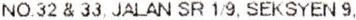
NO.32 & 33, JALAN SR 1/9, SEKSYEN 9,